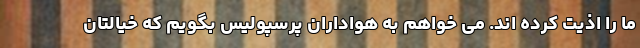
ما را اذیت کرده اند. می خواهم به هواداران پرسپولیس بگویم که خیالتان